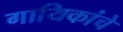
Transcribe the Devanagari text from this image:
गायिकांचे